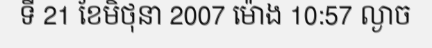
ទី 21 ខែមិថុនា 2007 ម៉ោង 10:57 ល្ងាច